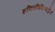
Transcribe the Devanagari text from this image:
शक्तिविशिष्टद्वैत